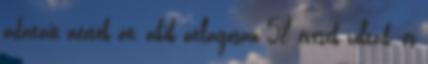
adatait nézték át, akik átlagosan 58 évesek voltak, és